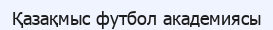
Қазақмыс футбол академиясы